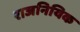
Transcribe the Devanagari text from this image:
राजनियिक